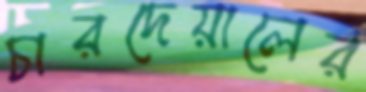
চারদেয়ালের